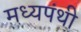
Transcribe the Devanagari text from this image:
मध्यपंथी